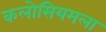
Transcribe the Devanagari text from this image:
कलोसियमला